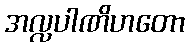
အလ္လပါဏိဟတော